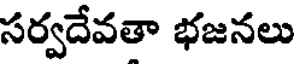
సర్వదేవతా భజనలు